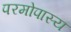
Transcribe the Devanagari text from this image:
परमोपास्य